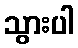
သွားပါ